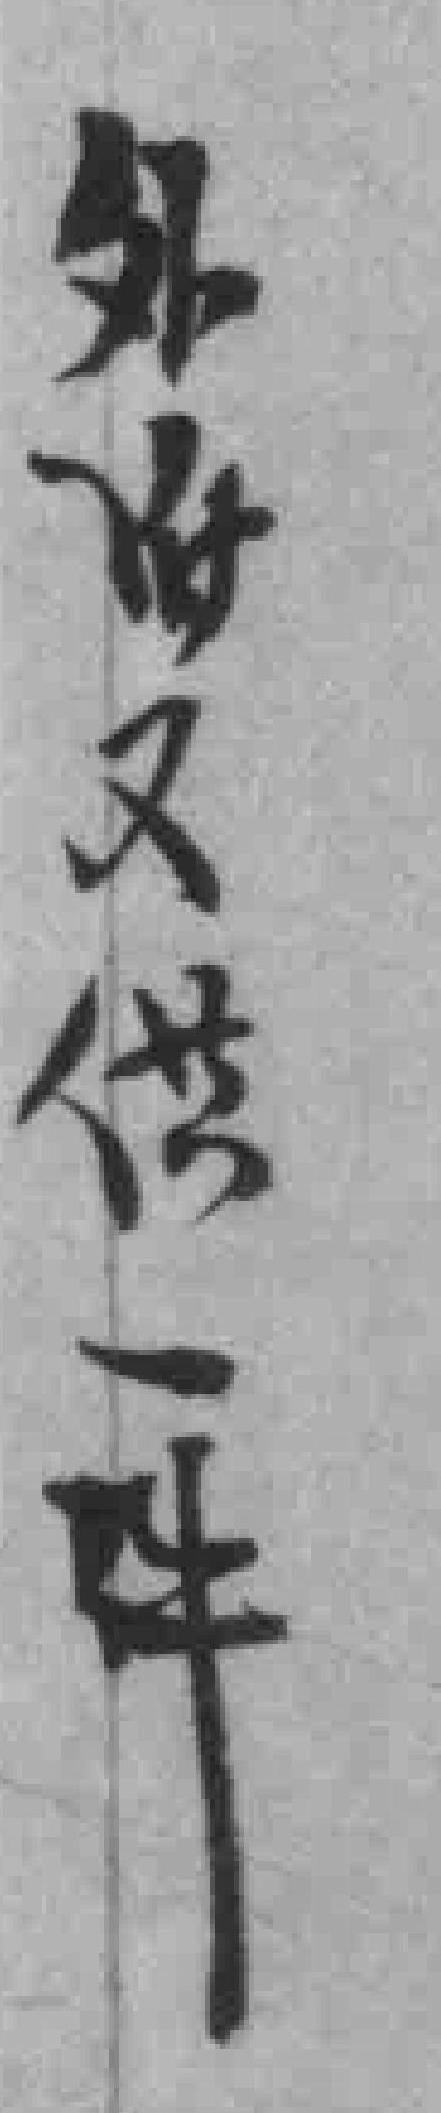
外附又供一件